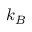
k _ { B }